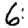
Digit: 6